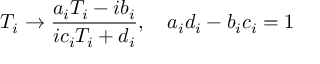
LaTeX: T _ { i } \rightarrow \frac { a _ { i } T _ { i } - i b _ { i } } { i c _ { i } T _ { i } + d _ { i } } , \, \, \, \, \, \, a _ { i } d _ { i } - b _ { i } c _ { i } = 1